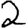
Digit: 2